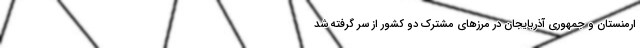
ارمنستان و جمهوری آذربایجان در مرزهای مشترک دو کشور از سر گرفته شد